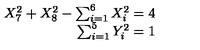
\begin{array} { r } { X _ { 7 } ^ { 2 } + X _ { 8 } ^ { 2 } - \sum _ { i = 1 } ^ { 6 } X _ { i } ^ { 2 } = 4 } \\ { \sum _ { i = 1 } ^ { 5 } Y _ { i } ^ { 2 } = 1 } \\ \end{array}